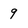
Character: 9